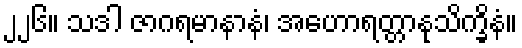
၂၂၆။ သဒါ ဇာဂရမာနာနံ၊ အဟောရတ္တာနုသိက္ခိနံ။